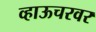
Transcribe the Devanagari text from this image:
व्हाऊचरवर